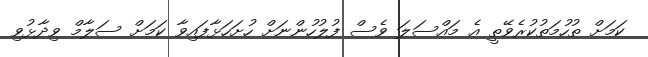
ކަމަށް ތުހުމަތުކުރެވޭތީ އެ މައްސަލަ ވެސް ފުލުހުންނަށް ހުށަހަޅާފައިވާ ކަމަށް ސަލާމް ވިދާޅުވި